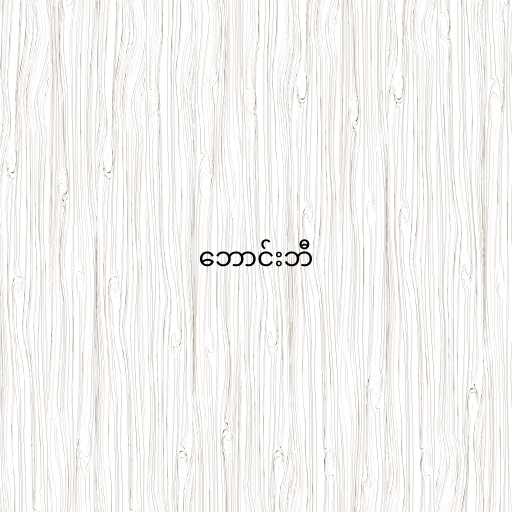
ဘောင်းဘီ